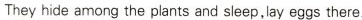
They hide among the plants and sleep,lay eggs there.